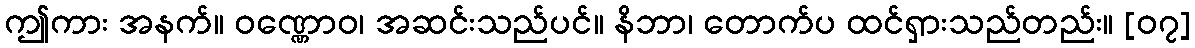
ဤကား အနက်။ ဝဏ္ဏောဝ၊ အဆင်းသည်ပင်။ နိဘာ၊ တောက်ပ ထင်ရှားသည်တည်း။ [၀၇]